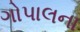
ગોપાલના